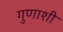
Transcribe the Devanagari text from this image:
गुणाशी